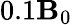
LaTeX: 0.1\mathbf{B}_{0}